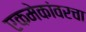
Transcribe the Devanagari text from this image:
एकमेकांवरचा